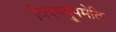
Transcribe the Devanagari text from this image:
विदधद्रूपमेति